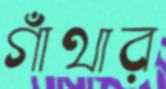
গাঁথার